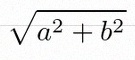
\sqrt{a^2+b^2}